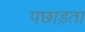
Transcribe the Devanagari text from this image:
पछाड़ता